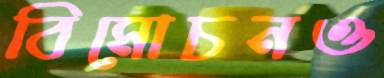
বিমোচনও